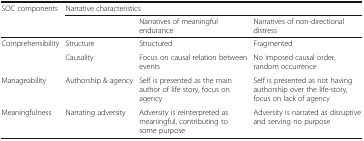
<table><thead><tr><td><b>SOC components</b></td><td colspan="3"><b>Narrative characteristics</b></td></tr><tr><td></td><td></td><td><b>Narratives of meaningful endurance</b></td><td><b>Narratives of non-directional distress</b></td></tr></thead><tbody><tr><td rowspan="2">Comprehensibility</td><td>Structure</td><td>Structured</td><td>Fragmented</td></tr><tr><td>Causality</td><td>Focus on causal relation between events</td><td>No imposed causal order, random occurrence</td></tr><tr><td>Manageability</td><td>Authorship &amp; agency</td><td>Self is presented as the main author of life story, focus on agency</td><td>Self is presented as not having authorship over the life-story, focus on lack of agency</td></tr><tr><td>Meaningfulness</td><td>Narrating adversity</td><td>Adversity is reinterpreted as meaningful, contributing to some purpose</td><td>Adversity is narrated as disruptive and serving no purpose</td></tr></tbody></table>